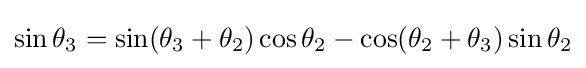
\sin \theta _{3}=\sin(\theta _{3}+\theta _{2})\cos \theta _{2}-\cos(\theta _{2}+\theta _{3})\sin \theta _{2}